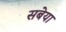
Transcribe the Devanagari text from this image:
सबेया